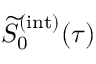
\widetilde { S } _ { 0 } ^ { ( \mathrm { i n t } ) } ( \tau )